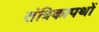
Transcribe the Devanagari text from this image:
तंत्रिकापथों